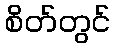
စိတ်တွင်